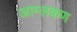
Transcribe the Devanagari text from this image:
आम्लकण